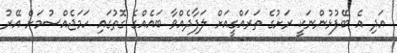
އަދި އެ ބޭފުޅުންނަކީ ރަށުގެ ތަރައްގީއަށް ލަފާދެއްވާ ބައެއްގެ ގޮތުގައި ހަމަޖެއްސުމަށް އޭރު